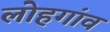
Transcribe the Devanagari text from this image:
लोहगांव